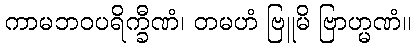
ကာမဘဝပရိက္ခီဏံ၊ တမဟံ ဗြူမိ ဗြာဟ္မဏံ။